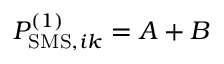
P _ { \mathrm { S M S } , i k } ^ { ( 1 ) } = A + B